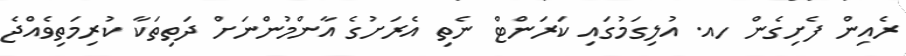
ރެއިން ފެށިގެން ހއ. އުލިގަމުގައި ކަރަންޓް ނެތި އެރަށުގެ އާންމުންނަށް ދަތިތަކާ ކުރިމަތިވެއްޖެ